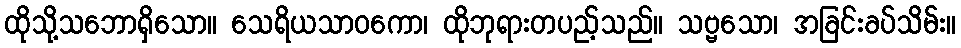
ထိုသို့သဘောရှိသော။ သေရိယသာဝကော၊ ထိုဘုရားတပည့်သည်။ သဗ္ဗသော၊ အခြင်းခပ်သိမ်း။